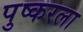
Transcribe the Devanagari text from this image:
पुष्करला